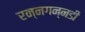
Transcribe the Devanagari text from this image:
रन्नगन्नडी